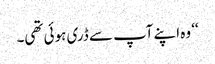
‘‘ وہ اپنے آپ سے ڈری ہوئی تھی۔